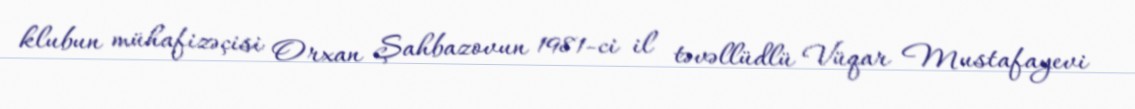
klubun mühafizəçisi Orxan Şahbazovun 1981-ci il təvəllüdlü Vüqar Mustafayevi